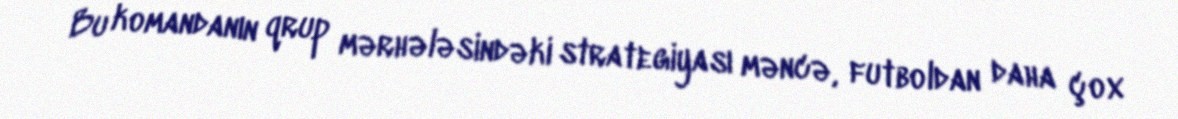
Bu komandanın qrup mərhələsindəki strategiyası məncə, futboldan daha çox